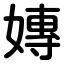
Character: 嫥